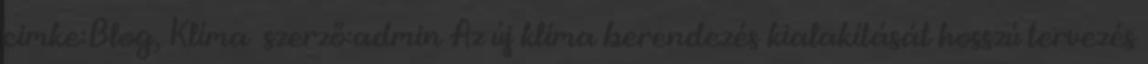
cimke:Blog, Klíma szerző:admin Az új klíma berendezés kialakítását hosszú tervezés